Report of the Indian Hemp Drugs Commission, 1894-1895 - Volume VI
Year: 1894
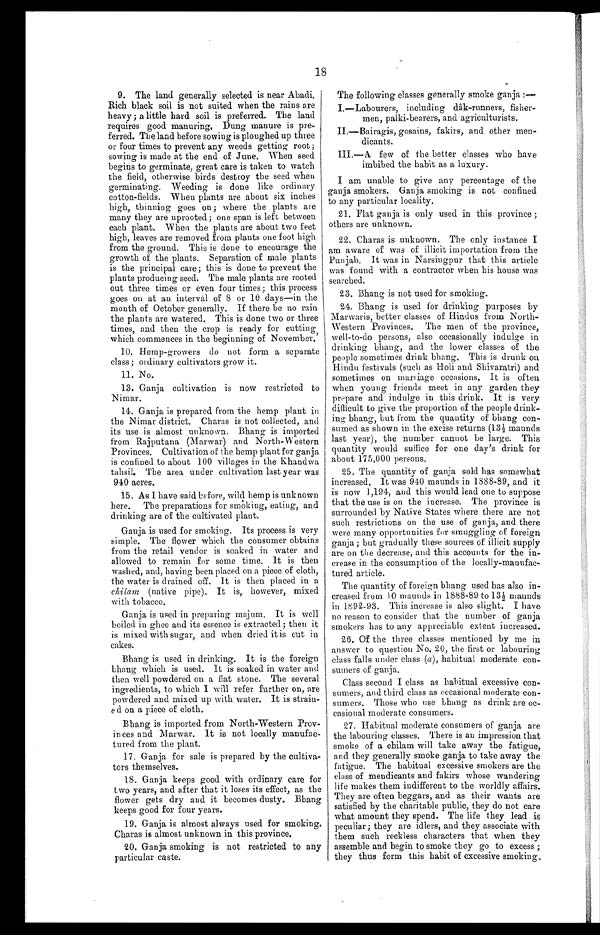
18
9. The land generally selected is near Abadi.
10.
Rich black soil is not suited when the rains are
11.
heavy; a little hard soil is preferred. The land
12.
requires good manuring. Dung manure is pre-
13.
-
ferred. The land before sowing is ploughed up three
14.
or four times to prevent any weeds getting root;
15.
sowing is made at the end of June. When seed
16.
begins to germinate, great care is taken to watch
17.
the field, otherwise birds destroy the seed when
18.
germinating. Weeding is done like ordinary
cotton-fields. When plants are about six inches
high, thinning goes on; where the plants are
many they are uprooted; one span is left between
each plant. When the plants are about two feet
high, leaves are removed from plants one foot high
from the ground. This is done to encourage the
growth of the plants. Separation of male plants
is the principal care; this is done to prevent the
plants producing seed. The male plants are rooted
out three times or even four times; this process
goes on at an interval of 8 or 10 days—in the
month of October generally. If there be no rain
the plants are watered. This is done two or three
times, and then the crop is ready for cutting
,
which commences in the beginning of November
.
10. Hemp-growers do not form a separate
class; ordinary cultivators grow it.
1 1 . N o .
1 3 . G a n j a c u l t i v a t i o n i s n o w r e s t r i c t e d
to
Nimar.
14. Ganja is prepared from the hemp plant in
the Nimar district. Charas is not collected, and
its use is almost unknown. Bhang is imported
from Rajputana (Marwar) and North-Western
Provinces. Cultivation of the hemp plant for ganja
is confined to about 100 villages in the Khandwa
tahsil. The area under cultivation last year was
940 acres
.
15. As I have said before, wild hemp is unknown
here. The preparations for smoking, eating, and
drinking are of the cultivated plant.
Ganja is used for smoking. Its process is very
simple. The flower which the consumer obtains
from the retail vendor is soaked in water and
allowed to remain for some time. It is then
washed, and, having been placed on a piece of cloth,
the water is drained off. It is then placed in a
chilam (native pipe). It is, however, mixed
with tobacco
.
Ganja is used in preparing majum. It is well
boiled in ghee and its essence is extracted; then it
is mixed with sugar, and when dried it is cut in
cakes.
Bhang is used in drinking. It is the foreign
bhang whi ch i s used. I t i s soaked i n wat er and
then well powdered on a flat stone. The several
ingredients, to which I will refer further on, are
powdered and mixed up with water. It is strain-
e d o n a p i e c e o f c l o t h .
Bhang is imported from North-Western Prov- -
inces and Marwar. It is not locally manufac--
tured from the plant.
17. Ganja for sale is prepared by the cultiva- -
tors themselves.
18. Ganja keeps good with ordinary care for
two years, and after that it loses its effect, as the
flower gets dry and it becomes dusty. Bhang
keeps good for four years.
1 9 . G a n j a i s a l m o s t a l w a y s u s e d f o r s m o k i n g .
Charas is almost unknown in this province.
2 0 . G a n j a s m o k i n g i s n o t r e s t r i c t e d t o a n y
particular caste.
The following classes generally smoke ganja:—
I.—Labourers, including dâk-runners, fisher-
men, palki-bearers, and agriculturists.
I I . B a i r a g i s g o s a i n s , f a k i r s , a n d o t h e r m e n -
-
dicants.
III. A few of the better classes who have
imbibed the habit as a luxury.
I am unable to give any percentage of the
ganja smokers. Ganja smoking is not confined
to any particular locality.
21. Flat ganja is only used in this province;
others are unknown.
22. Charas is unknown, The only instance I
am aware of was of illicit importation from the
Punjab. It was in Narsingpur that this article
was found with a contractor when his house was
searched.
23. Bhang is not used for smoking.
24. Bhang is used for drinking purposes by
Marwaris, better classes of Hindus from North-
Western Provinces. The men of the province,
well-to-do persons, also occasionally indulge in
drinking bhang, and the lower classes of the
people sometimes drink bhang. This is drunk o
n
Hindu festivals (such as Holi and Shivaratri) and
sometimes on marriage occasions. It is often
when young friends meet in any garden they
prepare and indulge in this drink. It is very
difficult to give the proportion of the people drink--
ing bhang, but from the quantity of bhang con
-
sumed as shown in the excise returns (l3½ maunds
last year), the number cannot be large. This
quantity would suffice for one day's drink for
about 175,000 persons
.
2 5 . T h e q u a n t i t y o f g a n j a s o l d h a s s o me wh a t
increased, It was 940 maunds in 1888-89, and it
is now 1,194, and this would lead one to suppose
that the use is on the increase. The province is
surrounded by Native States where there are not
such restrictions on the use of ganja, and there
were many opportunities for smuggling of foreign
ganja; but gradually these sources of illicit supply
are on the decrease, and this accounts for the in--
crease in the consumption of the locally-manufac--
tured article.
The quantity of foreign bhang used has also in--
creased from 10 maunds in 1888-89 to 13½ maunds
in 1892-93. This increase is also slight. I have
no reason to consider that the number of ganja
smokers has to any appreciable extent increased.
2 6 . O f t h e t h r e e c l a s s e s m e n t i o n e d b y m e i n
answer to question No. 20, the first or labouring
class falls under class (a), habitual moderate con
-
sumers of ganja.
Class second I class as habitual excessive con--
sumers, and third class as occasional moderate con--
sumers. Those who use bhang as drink are oc--
casional moderate consumers.
the labouring classes. There is an impression that
smoke of a chilam will take away the fatigue,
and they generally smoke ganja to take away the
fatigue. The habitual excessive smokers are the
class of mendicants and fakirs whose wandering
life makes them indifferent to the worldly affairs.
They are often beggars, and as their wants are
satisfied by the charitable public, they do not care
what amount they spend. The life they lead is
peculiar; they are idlers, and they associate with
them such reckless characters that when they
assemble and begin to smoke they go to excess;
they thus form this habit of excessive smoking.